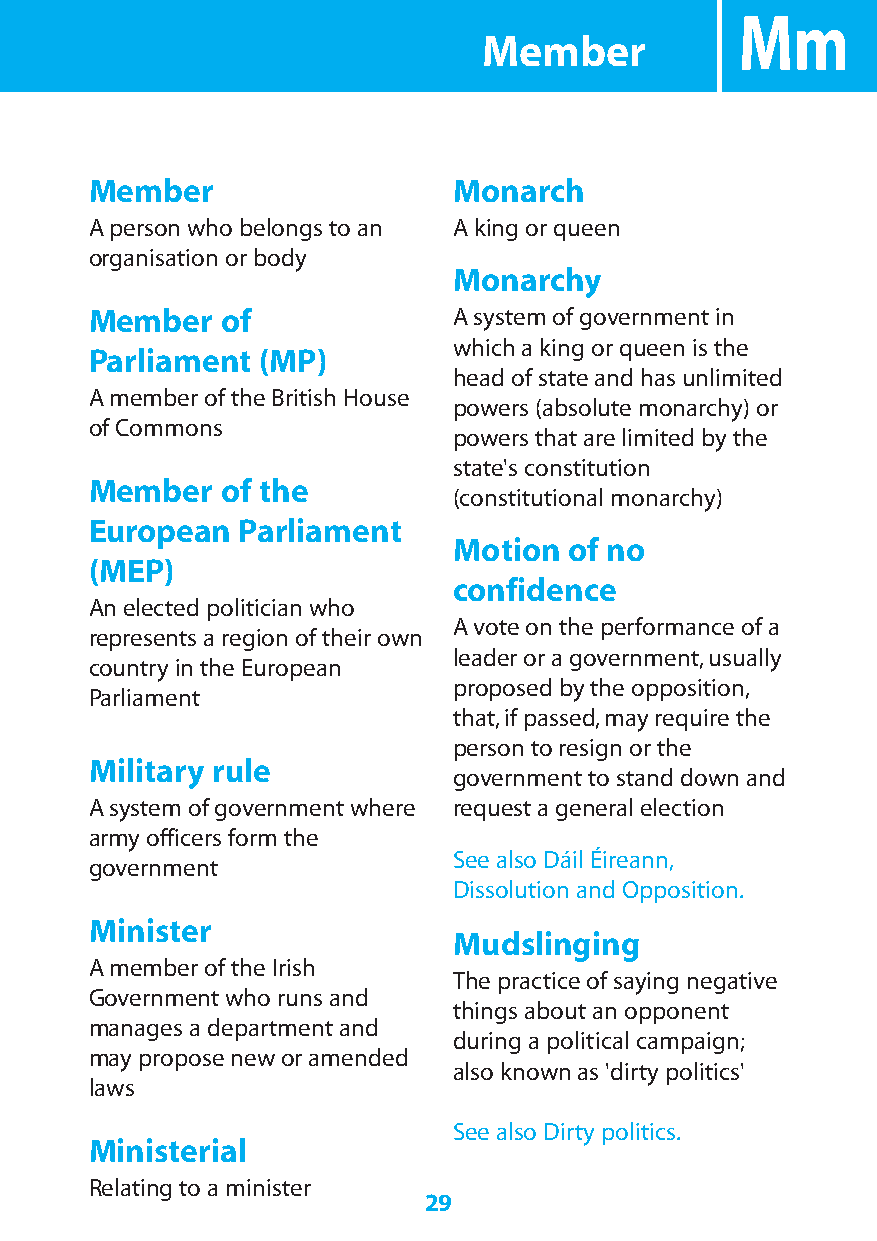
Mm
 Member
 Member                  Monarch
 A person who belongs to an A king or queen
 organisation or body
 Monarchy
 Member   of             A system of government in
 which a king or queen is the
 Parliament (MP)
 head of state and has unlimited
 A member of the British House
 powers (absolute monarchy) or
 of Commons
 powers that are limited by the
 state's constitution
 Member   of the
 (constitutional monarchy)
 European  Parliament
 Motion  of no
 (MEP)
 confidence
 An elected politician who
 A vote on the performance of a
 represents a region of their own
 leader or a government,usually
 country in the European
 proposed by the opposition,
 Parliament
 that,if passed,may require the
 person to resign or the
 Military rule
 government to stand down and
 A system of government where request a general election
 army officers form the
 See also Dáil Éireann,
 government
 Dissolution and Opposition.
 Minister
 Mudslinging
 A member of the Irish
 The practice of saying negative
 Government who runs and
 things about an opponent
 manages a department and
 during a political campaign;
 may propose new or amended
 also known as 'dirty politics'
 laws
 See also Dirty politics.
 Ministerial
 Relating to a minister
 29